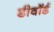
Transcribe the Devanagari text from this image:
डीवॉर्ड